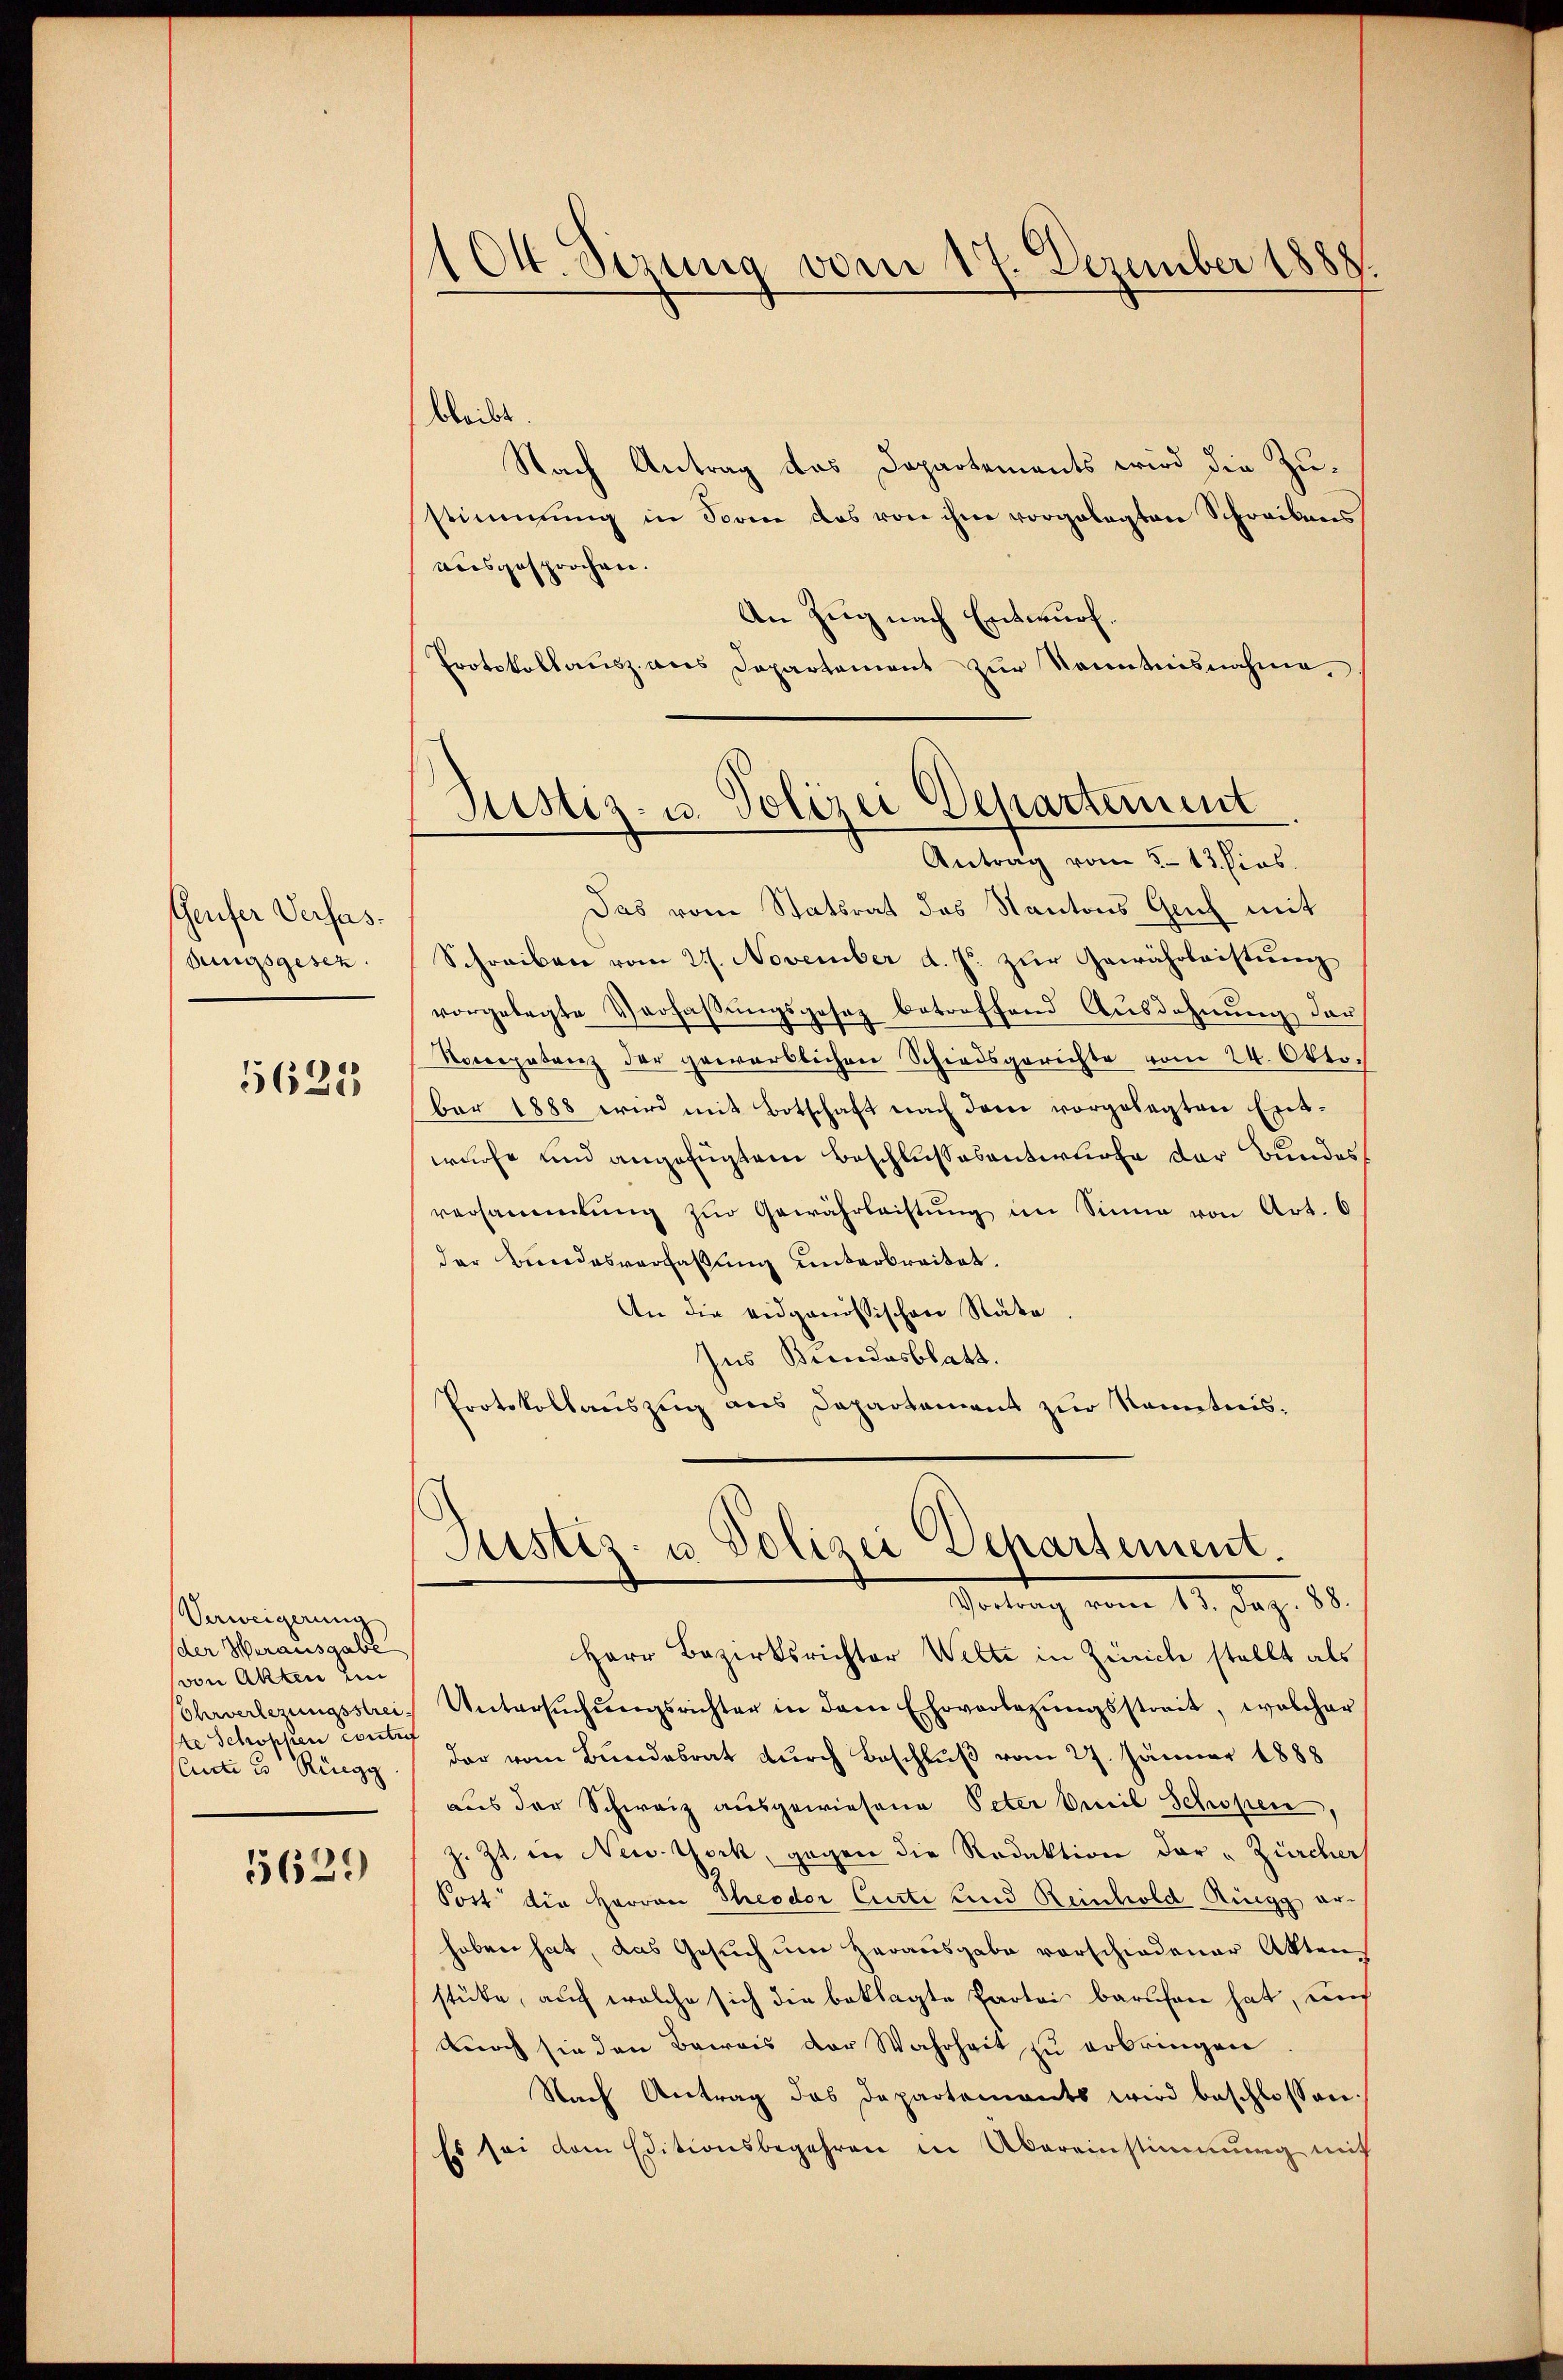
Geufer Verfas¬
Sungsgesez

5625

Verweigerung
(der Herausgabe
von Akten im
Ehrverlegungsstrei
se Schokker Contr
sandte u Ringg

5629

1Ott. Sizung vom 17. Dezember 1888.

bleibt.
Nach Antrag das Departements wird die Zustimmung in Sorene das von ihm vorgelegten Schreibens
ausgesprochen.
An Zug nach Entwurf.
Protokollausz aus Departement zur Kenntnisnahme,
Das vom Statsrat des Kantons Genf mit
Schreiben vom 21. November d. J. zur Gewährleistung
vorgelegte Verfaβŭngsgesez betreffend Ausdehnŭng der
Roccepatenz der gewerblichen Schiedsgerichte vom 24. Oktobar 1888 wird mit Botschaft nach dem vorgelegten Ent-
würfe und angefügtem Beschlussesanterliefe der Bundes
versammlung zŭr Gewährleistŭng im Sinne von Art. 6
der Bundesverfaßung unterbreitet.
An die eidgenössischen Rata
Ins Brandesblatt.
Protokollauszug aus Departement zur Kenntnis¬

Justiz- u. Polizei Departement
Antrag vom 5. 13. hies.

Justiz- u Polizei Departement.

Setung vom 14. dez. 18
Herr Bezirksrichter Welte in Zürich stellt als
Untersŭchŭngsrichter in dem Ehrverlegŭngsstreit, welcher
dar vom Bundesrat durch Beschluß vom 27. Jänner 1888
aus der Schweiz ausgewiesene Peter Emil Schopen,
z. Zt. in New York, gegen die Redaktion der „Zürcher
Post die Herren Theodor Curti und Reinhold Ringg erhoben hat, das Gesuch um Herausgabe vorschiedener Akten
stücke, auf welche sich die beklagte Partei berufen hat, und
durch sie den Beweis der Wahrheit zu erbringen
Nach Antrag das Departements wird beschlossen:
Es sei dem Editionsbegehren in Übereinstimmung mit